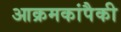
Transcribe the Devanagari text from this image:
आक्रमकांपैकी